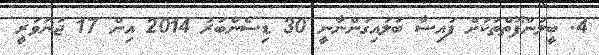
4. ބީލަންފޮތްތަކަށް ފައިސާ ބަލައިގަންނާނީ 30 ޑިސެންބަރު 2014 އިން 17 ޖަނަވަރީ